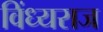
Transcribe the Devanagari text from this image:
विंध्यराज